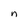
Character: n